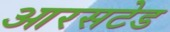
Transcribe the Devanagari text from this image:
आरसटेड